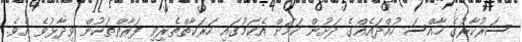
ސަރުކާރުގެ ހާއްސަ ހުއްދައެއްގެ ދަށުން ކަމަށް އެކަމުގައި ހަރަކާތްތެރިވި ފަރާތްތަކުން ވިދާޅުވެ އެވެެ.